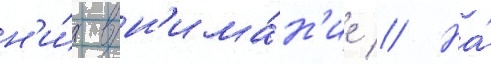
н'и́х вн'има́н'ие // На́